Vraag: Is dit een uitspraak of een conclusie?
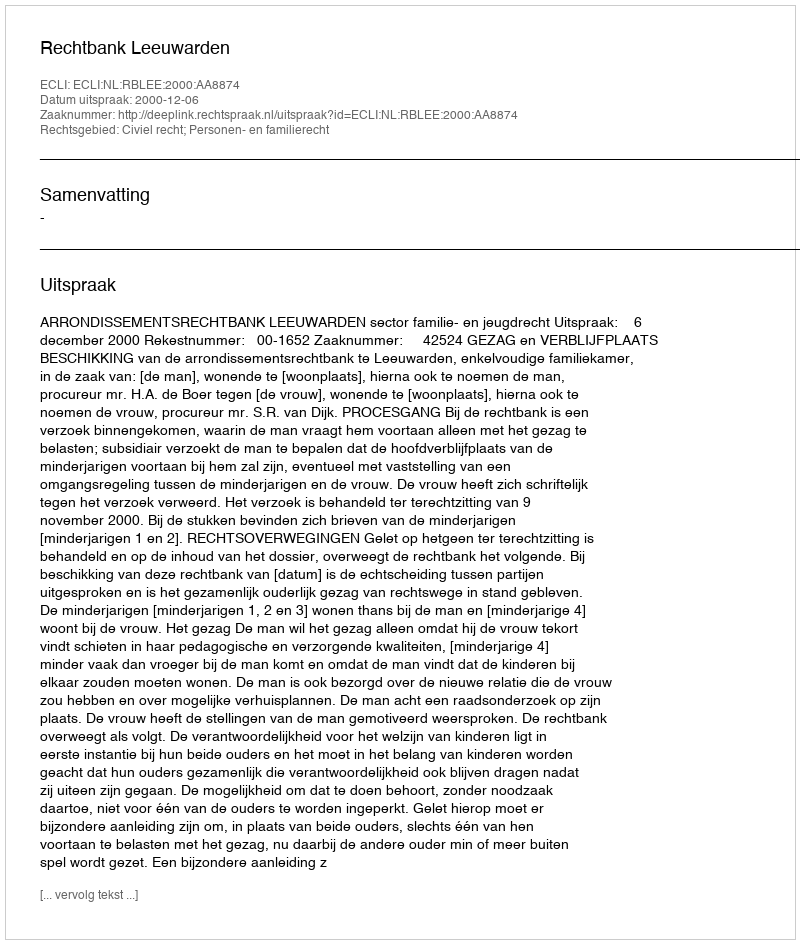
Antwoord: Uitspraak